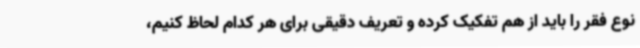
نوع فقر را باید از هم تفکیک کرده و تعریف دقیقی برای هر کدام لحاظ کنیم،